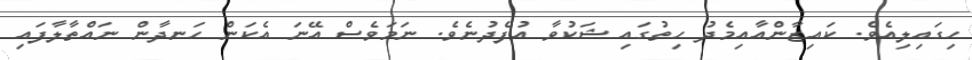
ހިގައިލިއެވެ. ކައިޒާންއާއިމެދު ހިތުގައި ޝަކުވާ އުފެދުނެވެ. ނަމަވެސް އޭނަ އެކަން ހަނދާން ނައްތާލާފައި